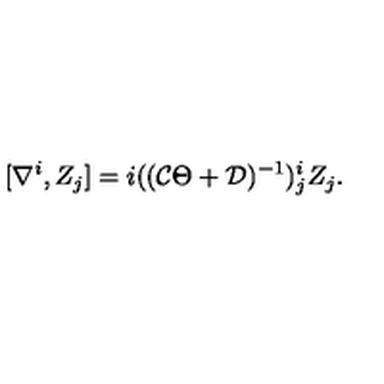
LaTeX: [ \nabla ^ { i } , Z _ { j } ] = i ( ( { \cal C } \Theta + { \cal D } ) ^ { - 1 } ) _ { j } ^ { i } Z _ { j } .